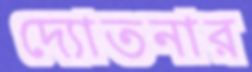
দ্যোতনার